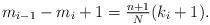
LaTeX: \begin{align*}m_{i-1}-m_i+1=\tfrac{n+1}N(k_i+1).\end{align*}